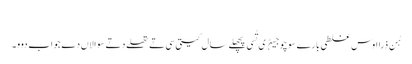
‏
ہُن ذرا اوس غلطی بارے سوچو جیہڑ‌ی تُسی پچھلے سال کیتی سی تے تھلے دِتے سوالاں دے جواب دوو۔